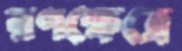
রণক্ষেত্রে